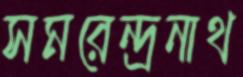
সমরেন্দ্রনাথ